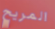
المريح